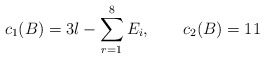
\begin{align*}c_{1}(B)= 3l- \sum_{r=1}^{8} E_{i}, \qquad c_{2}(B)= 11\end{align*}